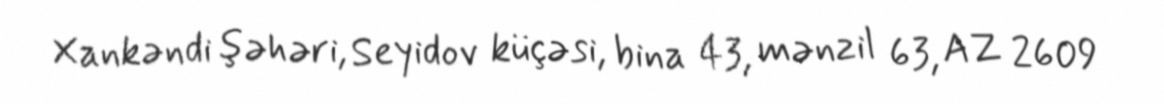
Xankəndi şəhəri, Seyidov küçəsi, bina 43, mənzil 63, AZ 2609